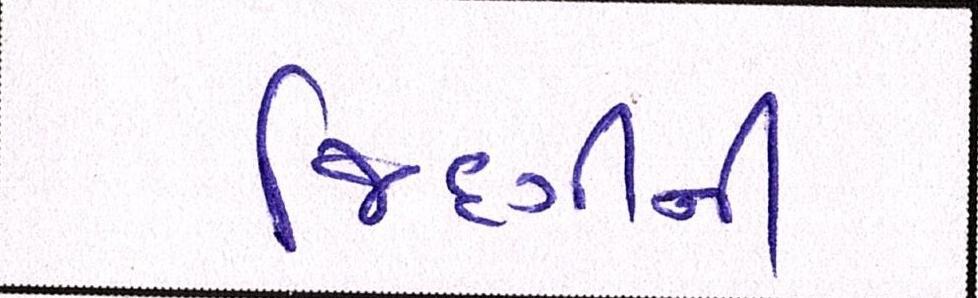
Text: જિંદગીની